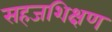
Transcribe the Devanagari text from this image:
सहजशिक्षण